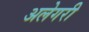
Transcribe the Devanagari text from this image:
अलेगरी